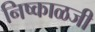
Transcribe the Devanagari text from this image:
निष्काळजी